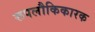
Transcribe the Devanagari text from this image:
रूपलौकिकारक